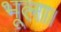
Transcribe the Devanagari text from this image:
भूला।